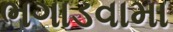
ભગાડવામા